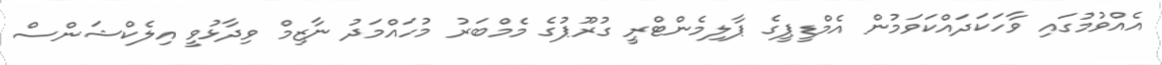
އެއްވުމުގައި ވާހަކަދައްކަވަމުން އެމްޑީޕީގެ ޕާލިމެންޓްރީ ގުރޫޕުގެ މެމްބަރު މުހައްމަދު ނާޒިމް ވިދާޅުވީ އިލެކްޝަންސް